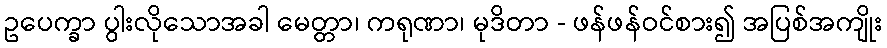
ဥပေက္ခာ ပွါးလိုသောအခါ မေတ္တာ၊ ကရုဏာ၊ မုဒိတာ - ဖန်ဖန်ဝင်စား၍ အပြစ်အကျိုး